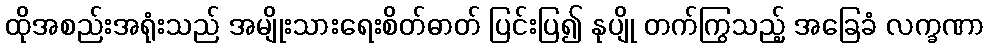
ထိုအစည်းအရုံးသည် အမျိုးသားရေးစိတ်ဓာတ် ပြင်းပြ၍ နုပျို တက်ကြွသည့် အခြေခံ လက္ခဏာ